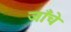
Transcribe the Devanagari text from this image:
जाँचे